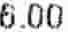
6.00